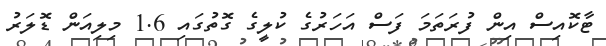
ޓާކޮއިސް އިން ފުރަތަމަ ފަސް އަހަރުގެ ކުލީގެ ގޮތުގައި 1.6 މިލިއަން ޑޮލަރު